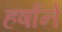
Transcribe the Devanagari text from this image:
हर्षाने